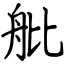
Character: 舭